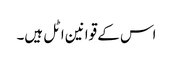
اس کے قوانین اٹل ہیں۔